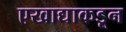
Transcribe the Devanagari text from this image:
एखाद्याकडून